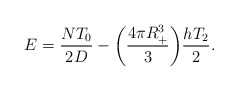
\begin{align*}E=\frac{NT_0}{2D} -\bigg(\frac{4\pi R^3_+}{3}\bigg)\frac{ hT_2}{2}.\end{align*}